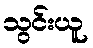
သွင်းယူ